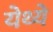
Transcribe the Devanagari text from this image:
येथ्ये